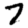
Digit: 7